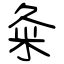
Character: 粂